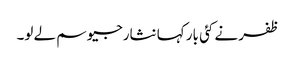
ظفر نے کئی بار کہا نثارجیو سم لے لو۔